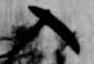
入